Lunatic asylums Punjab 1881-1894 - 1881-1894
Year: 1881
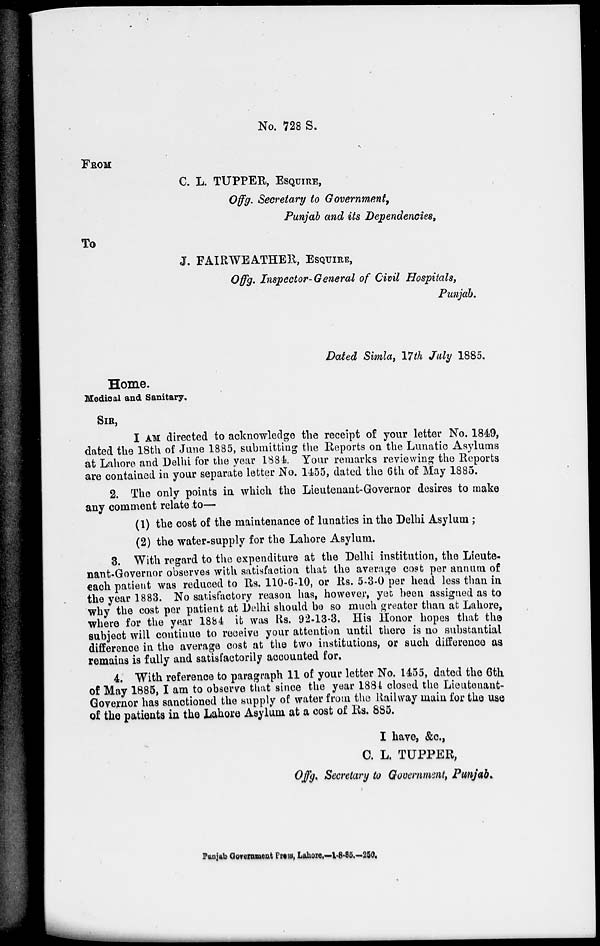
No. 728 S.
FROM
C. L. TUPPER, ESQUIRE,
Offg. Secretary to Government,
Punjab and its Dependencies,
To
J. FAIRWEATHER, ESQUIRE,
Offg. Inspector-General of Civil Hospitals,
Punjab.
Dated Simla, 17th July 1885.
Home.
Medical and Sanitary,
SIR,
I AM directed to acknowledge the receipt of your letter No. 1849,
dated the 18th of June 1885, submitting the Reports on the Lunatic Asylums
at Lahore and Delhi for the year 1884. Your remarks reviewing the Reports
are contained in your separate letter No. 1455, dated the 6th of May 1885.
2. The only points in which the Lieutenant-Governor desires to make
any comment relate to—
(1) the cost of the maintenance of lunatics in the Delhi Asylum ;
(2) the water-supply for the Lahore Asylum.
3. With regard to the expenditure at the Delhi institution, the Lieute-
nant-Governor observes with satisfaction that the average cost per annum of
each patient was reduced to Rs. 110-6-10, or Rs. 5-3-0 per head less than in
the year 1883. No satisfactory reason has, however, yet been assigned as to
why the cost per patient at Delhi should be so much greater than at Lahore,
where for the year 1884 it was Rs. 92-13-3. His Honor hopes that the
subject will continue to receive your attention until there is no substantial
difference in the average cost at the two institutions, or such difference as
remains is fully and satisfactorily accounted for.
4. With reference to paragraph 11 of your letter No. 1455, dated the 6th
of May 1885, I am to observe that since the year 1884 closed the Lieutenant-
Governor has sanctioned the supply of water from the Railway main for the use
of the patients in the Lahore Asylum at a cost of Rs. 885.
I have, &c.,
C. L. TUPPER,
Of f g. Secretary to Government, Punjab.
Punjab Government Press, Lahore.—1-8-85.—250.